Indian journal of veterinary science and animal husbandry - Volume 13,
Year: 1943
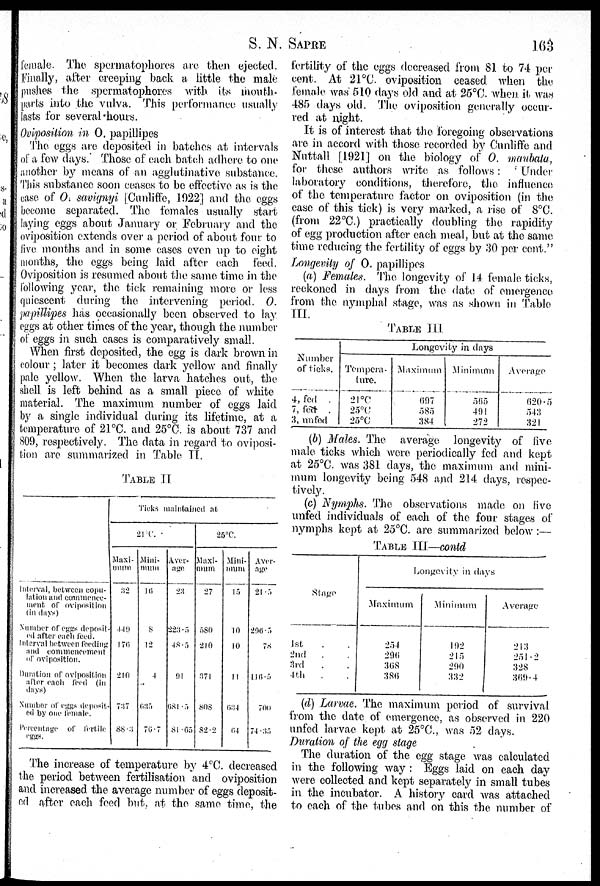
S. N. SAPRE 103
female. The spermatophores are then ejected.
Finally, after creeping back a little the male
pushes the spermatophores with its mouth¬
parts into the vulva. This performance usually
lasts for several-hours.
Oviposition in O. papillipes
The eggs are deposited in batches at intervals
of a few days. Those of each batch adhere to one
another by means of an agglutinative substance.
This substance soon ceases to be effective as is the
case of O. savignyi [Cunliffe, 1922] and the eggs
become separated. The females usually start
laying eggs about January or February and the
oviposition extends over a period of about four to
five months and in some cases even up to eight
months, the eggs being laid after each feed.
Oviposition is resumed about the same time in the
following year, the tick remaining more or less
quiescent during the intervening period. O.
papillipes has occasionally been observed to lay
eggs at other times of the year, though the number
of eggs in such cases is comparatively small.
When first deposited, the egg is dark brown in
colour; later it becomes dark yellow and finally
pale yellow. When the larva hatches out, the
shell is left behind as a small piece of white
material. The maximum number of eggs laid
by a single individual during its lifetime, at a
temperature of 21°C. and 25°C. is about 737 and
809, respectively. The data in regard to oviposi-
tion are summarized in Table II.
TABLE II
Interval, between copu-
lation and commence-
ment of oviposition
(in days)
Number of eggs deposit-
ed after each feed.
Interval between feeding
and commencement
of oviposition.
Duration of oviposition
after each feed (in
days)
Number of eggs deposit-
ed by one female.
Percentage of fertile
eggs.
Ticks maintained at
21°C.
Maxi-
mum
32
449
176
210
737
88.3
Mini-
mum
16
8
12
4
635
76.7
Aver-
age
23
223.5
48.5
91
681.5
81.65
25°C.
Maxi-
mum
27
580
210
371
808
82.2
Mini¬
mum
15
10
10
11
634
64
Aver¬
age
21.5
296.5
78
116.5
700
74.35
The increase of temperature by 4°C. decreased
the period between fertilisation and oviposition
and increased the average number of eggs deposit-
ed after each feed but. at the same time, the
fertility of the eggs decreased from 81 to 74 per
cent. At 21°C. oviposition ceased when the
female was 510 days old and at 25°C. when it was
485 days old. The oviposition generally occur-
red at night.
It is of interest that the foregoing observations
are in accord with those recorded by Cunliffe and
Nuttall [1921] on the biology of O. maubala,
for these authors write as follows: "Under
laboratory conditions, therefore, the influence
of the temperature factor on oviposition (in the
case of this tick) is very marked, a rise of 8°C.
(from 22°C.) practically doubling the rapidity
of egg production after each meal, but at the same
time reducing the fertility of eggs by 30 per cent."
Longevity of O. papillipes
(a) Females. The longevity of 14 female ticks,
reckoned in days from the date of emergence
from the nymphal stage, was as shown in Table
III.
TABLE III.
Number
of ticks.
4, fed
.
7, fed
.
3, unfed
Longevity in days
Tempera-
ture.
21°C
25°C
25°C
Maximum
697
585
384
Minimum
565
491
272
Average
620.5
543
321
(b) Males. The average longevity of live
male ticks which were periodically fed and kept
at 25°C. was 381 days, the maximum and mini-
mum longevity being 548 and 214 days, respec-
tively.
(c) Nymphs. The observations made on live
unfed individuals of each of the four stages of
nymphs kept at 25°C. are summarized below :—
TABLE III—contd
Stage
1st . .
2nd . .
3rd . .
4th . .
Longevity in days
Maximum
254
296
368
386
Minimum
192
215
290
332
Average
213
251.2
328
369.4
(d) Larvae. The maximum period of survival
from the date of emergence, as observed in 220
unfed larvae kept at 25°C., was 52 days.
Duration of the egg stage
The duration of the egg stage was calculated
in the following way: Eggs laid on each day
were collected and kept separately in small tubes
in the incubator. A history card was attached
to each of the tubes and on this the number of